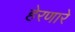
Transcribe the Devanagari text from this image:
हेरणारे